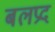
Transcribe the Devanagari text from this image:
बलप्रद